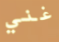
غني